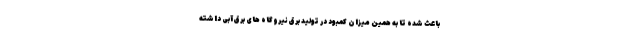
باعث شده تا به همین میزان کمبود در تولید برق نیروگاه های برق آبی داشته